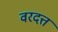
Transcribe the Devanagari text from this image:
वरदत्त